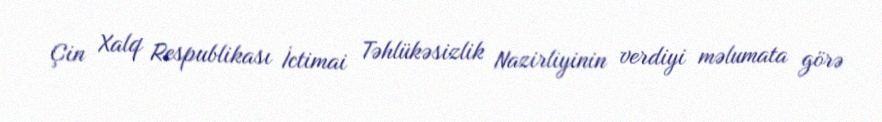
Çin Xalq Respublikası İctimai Təhlükəsizlik Nazirliyinin verdiyi məlumata görə